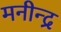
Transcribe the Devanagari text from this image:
मनीन्द्र